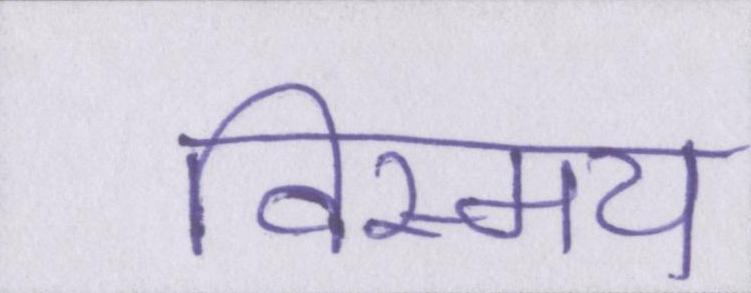
विस्मय